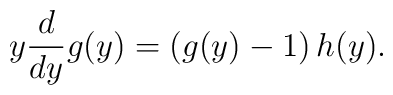
y\frac{d}{dy} g(y)=\bigl(g(y)-1\bigr)\,  h(y).